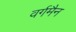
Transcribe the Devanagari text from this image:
वर्गमैन